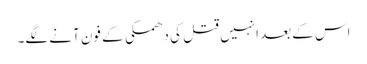
اس کے بعد انہیں قتل کی دھمکی کے فون آنے لگے۔